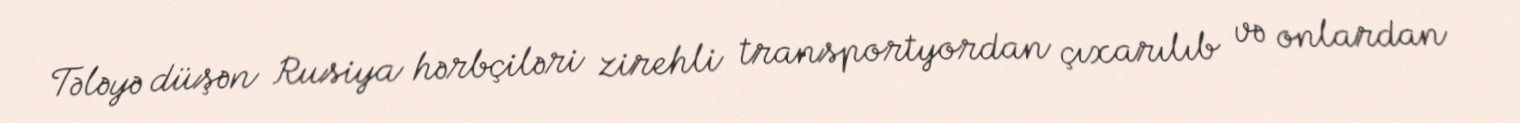
Tələyə düşən Rusiya hərbçiləri zirehli transportyordan çıxarılıb və onlardan